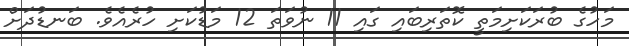
މަހުގެ ބުރަކަށިމަތީ ކޮތަރިބައި ގައި 11 ނުވަތަ 12 މަޑުކަށި ހުރެއެވެ. ބަނޑުދަށް